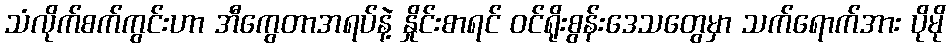
သံလိုက်စက်ကွင်းဟာ အီကွေတာအရပ်နဲ့ နှိုင်းစာရင် ဝင်ရိုးစွန်းဒေသတွေမှာ သက်ရောက်အား ပိုမို